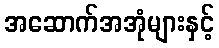
အဆောက်အအုံများနှင့်